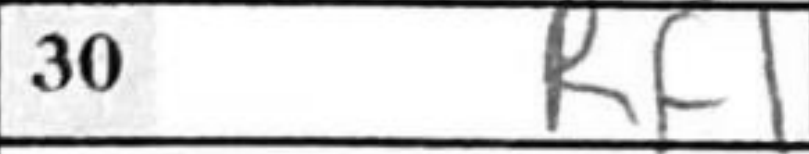
Transcription: Rf1